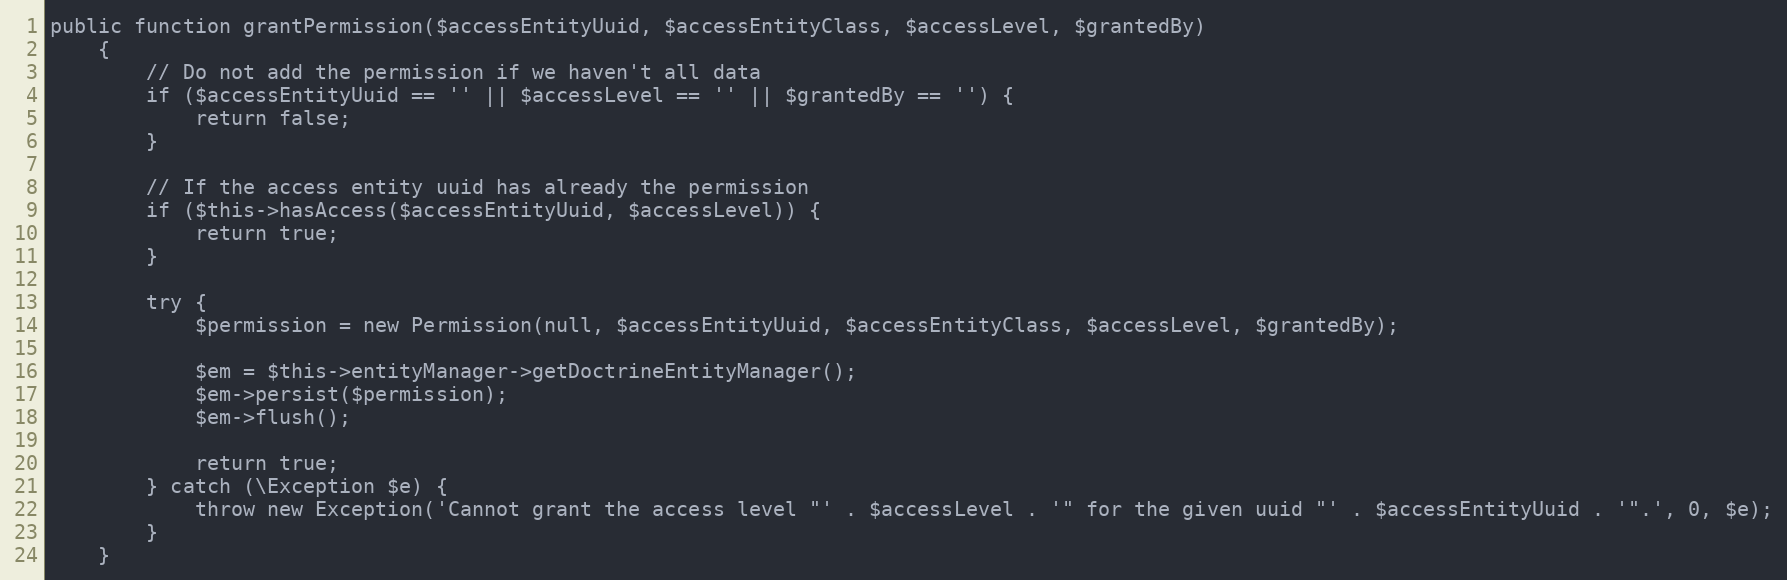
Language: PHP
public function grantPermission($accessEntityUuid, $accessEntityClass, $accessLevel, $grantedBy)
    {
        // Do not add the permission if we haven't all data
        if ($accessEntityUuid == '' || $accessLevel == '' || $grantedBy == '') {
            return false;
        }

        // If the access entity uuid has already the permission
        if ($this->hasAccess($accessEntityUuid, $accessLevel)) {
            return true;
        }

        try {
            $permission = new Permission(null, $accessEntityUuid, $accessEntityClass, $accessLevel, $grantedBy);

            $em = $this->entityManager->getDoctrineEntityManager();
            $em->persist($permission);
            $em->flush();

            return true;
        } catch (\Exception $e) {
            throw new Exception('Cannot grant the access level "' . $accessLevel . '" for the given uuid "' . $accessEntityUuid . '".', 0, $e);
        }
    }